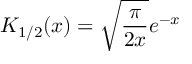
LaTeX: K _ { 1 / 2 } ( x ) = \sqrt { \frac { \pi } { 2 x } } e ^ { - x }